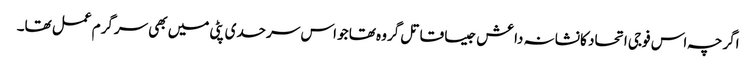
اگرچہ اس فوجی اتحاد کا نشانہ داعش جیسا قاتل گروہ تھا جو اس سرحدی پٹی میں بھی سرگرم عمل تھا۔